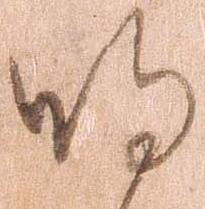
明